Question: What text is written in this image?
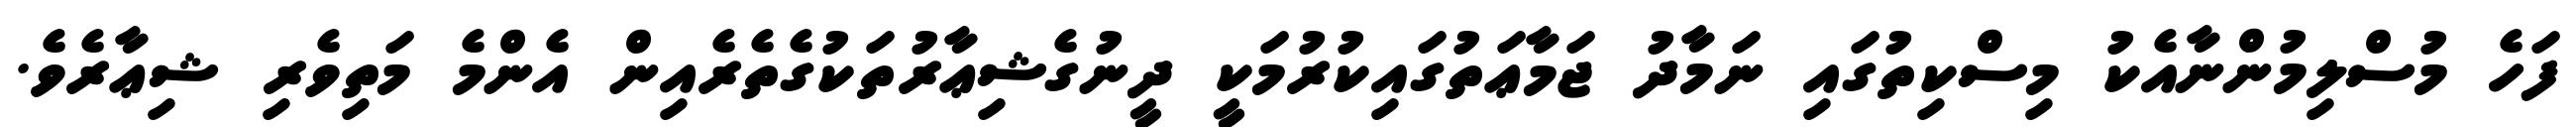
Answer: ފަހެ މުސްލިމުންނާއެކު މިސްކިތުގައި ނަމާދު ޖަމާޢަތުގައިކުރުމަކީ ދީނުގެޝިޢާރުތަކުގެތެރެއިން އެންމެ މަތިވެރި ޝިޢާރެވެ.